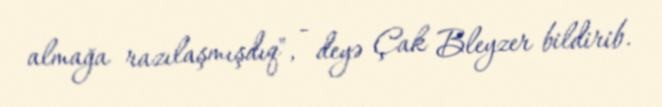
almağa razılaşmışdıq", - deyə Çak Bleyzer bildirib.